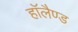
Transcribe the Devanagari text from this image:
हाॅलैण्ड